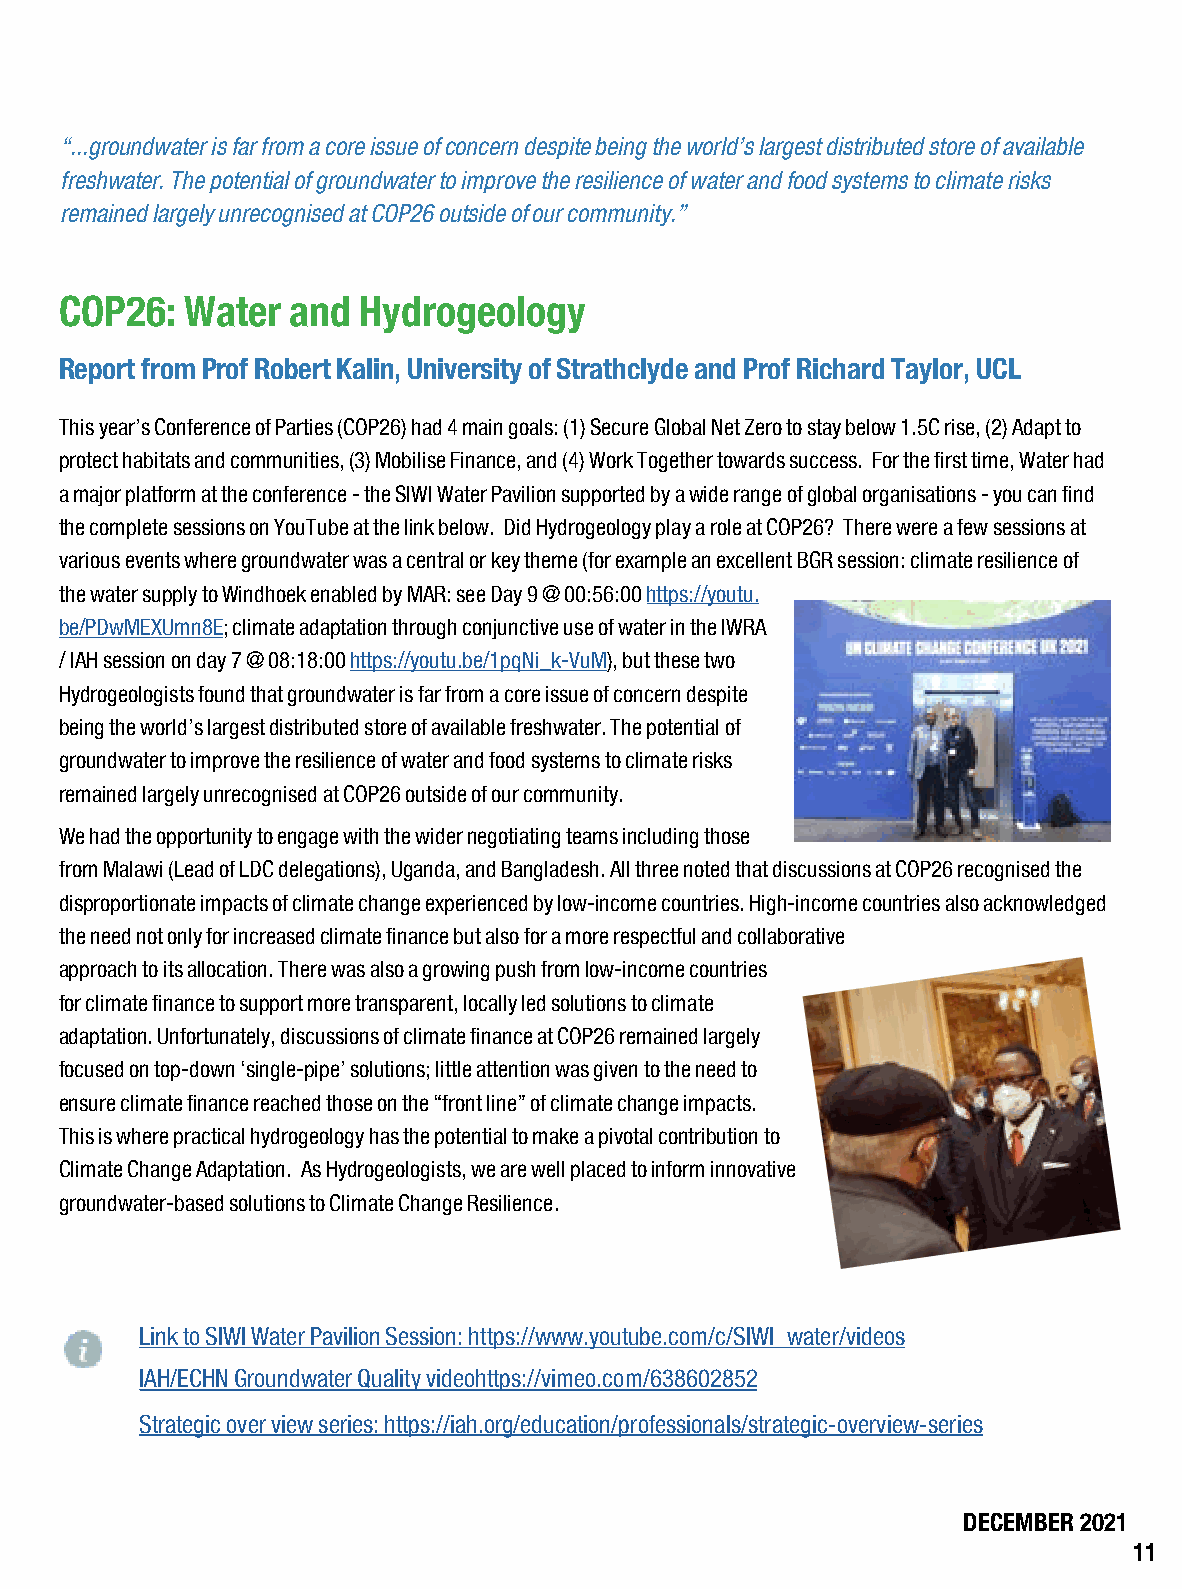
“...groundwater is far from a core issue of concern despite being the world’s largest distributed store of available
 freshwater. The potential of groundwater to improve the resilience of water and food systems to climate risks
 remained largely unrecognised at COP26 outside of our community.”
 COP26:  Water  and  Hydrogeology
 Report from Prof Robert Kalin, University of Strathclyde and Prof Richard Taylor, UCL
 This year’s Conference of Parties (COP26) had 4 main goals: (1) Secure Global Net Zero to stay below 1.5C rise, (2) Adapt to
 protect habitats and communities, (3) Mobilise Finance, and (4) Work Together towards success. For the first time, Water had
 a major platform at the conference - the SIWI Water Pavilion supported by a wide range of global organisations - you can find
 the complete sessions on YouTube at the link below. Did Hydrogeology play a role at COP26? There were a few sessions at
 various events where groundwater was a central or key theme (for example an excellent BGR session: climate resilience of
 the water supply to Windhoek enabled by MAR: see Day 9 @ 00:56:00 https://youtu.
 be/PDwMEXUmn8E; climate adaptation through conjunctive use of water in the IWRA
 / IAH session on day 7 @ 08:18:00 https://youtu.be/1pqNi_k-VuM), but these two
 Hydrogeologists found that groundwater is far from a core issue of concern despite
 being the world’s largest distributed store of available freshwater. The potential of
 groundwater to improve the resilience of water and food systems to climate risks
 remained largely unrecognised at COP26 outside of our community.
 We had the opportunity to engage with the wider negotiating teams including those
 from Malawi (Lead of LDC delegations), Uganda, and Bangladesh. All three noted that discussions at COP26 recognised the
 disproportionate impacts of climate change experienced by low-income countries. High-income countries also acknowledged
 the need not only for increased climate finance but also for a more respectful and collaborative
 approach to its allocation. There was also a growing push from low-income countries
 for climate finance to support more transparent, locally led solutions to climate
 adaptation. Unfortunately, discussions of climate finance at COP26 remained largely
 focused on top-down ‘single-pipe’ solutions; little attention was given to the need to
 ensure climate finance reached those on the “front line” of climate change impacts.
 This is where practical hydrogeology has the potential to make a pivotal contribution to
 Climate Change Adaptation. As Hydrogeologists, we are well placed to inform innovative
 groundwater-based solutions to Climate Change Resilience.
 Link to SIWI Water Pavilion Session: https://www.youtube.com/c/SIWI_water/videos
 IAH/ECHN Groundwater Quality videohttps://vimeo.com/638602852
 Strategic over view series: https://iah.org/education/professionals/strategic-overview-series
 DECEMBER 2021
 11